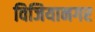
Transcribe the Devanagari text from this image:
विजियानगर